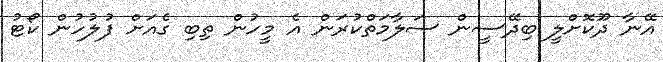
އޭނާ ދޫކޮށްލީ ބިދޭސީން ސަލާމަތްކުރަން އެ މީހުން ތިބި ގެއަށް ފުލުހުން ކޯޓު